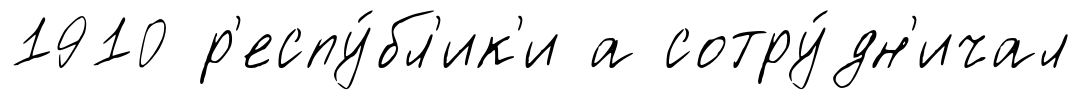
1910 р'еспу́бл'ик'и а сотру́дн'ичал